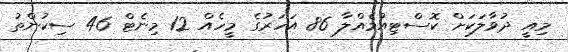
މިއީ ދުވާލަކަށް ކޮސްޓިއުމެއްލާ 86 އަހަރުގެ މީހެއް 12 މިނެޓް 46 ސިކުންތު